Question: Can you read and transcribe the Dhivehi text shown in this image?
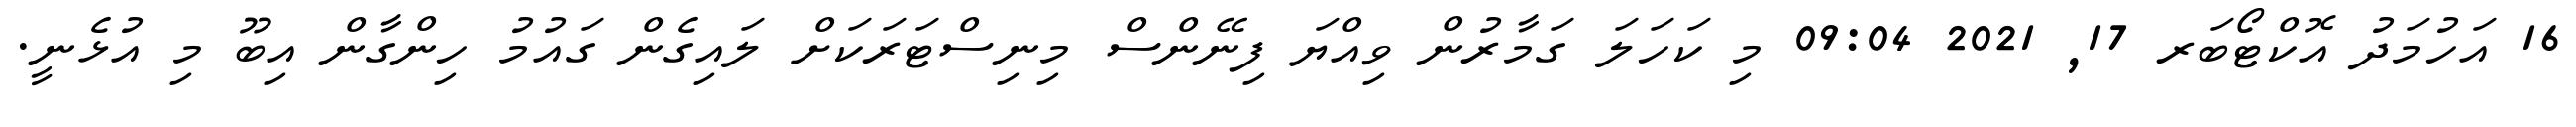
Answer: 16 އަހުމަދު އޮކްޓޯބަރ 17, 2021 09:04 މި ކަހަލަ ގަމާރުން ވިއްޔަ ފިނޭންސް މިނިސްޓަރަކަށް ލައިގެން ގައުމު ހިންގާން އިބޫ މި އުޅެނީ.